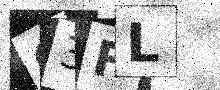
Text: G3FL